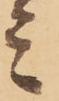
ミ